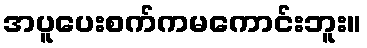
အပူပေးစက်ကမကောင်းဘူး။